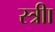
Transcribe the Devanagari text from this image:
स्त्रीा